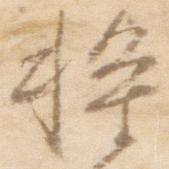
将